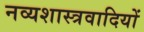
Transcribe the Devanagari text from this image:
नव्यशास्त्रवादियों